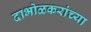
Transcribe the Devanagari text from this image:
दाभोळकरांच्या